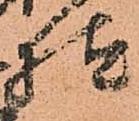
様